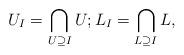
LaTeX: \begin{align*}U_I=\bigcap_{U\supseteq I} U; L_I=\bigcap_{L\supseteq I} L,\end{align*}